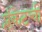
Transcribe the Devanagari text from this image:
प्लंकेटची